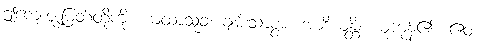
ဤကျေးဇူးမြတ်တို့ကို။ ယထာသုခံ၊ ချမ်းသာစွာ။ အာဒိယန္တိ၊ ယူကုန်၏။ ဧဝံ၊